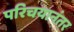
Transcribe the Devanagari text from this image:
परिचयानंतर